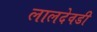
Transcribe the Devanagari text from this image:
लालदेवडी